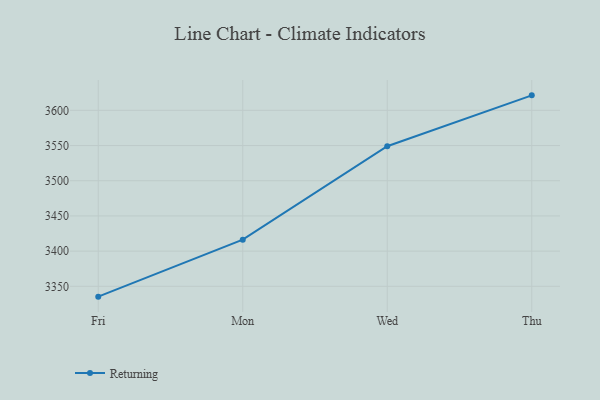
{"axis": {"x": "Day", "y": "Net Income (USD K)"}, "legend": ["Returning"], "data": [{"x": "Fri", "y": 3335.3, "type": "Returning"}, {"x": "Mon", "y": 3416.3, "type": "Returning"}, {"x": "Wed", "y": 3549.0, "type": "Returning"}, {"x": "Thu", "y": 3621.3, "type": "Returning"}]}